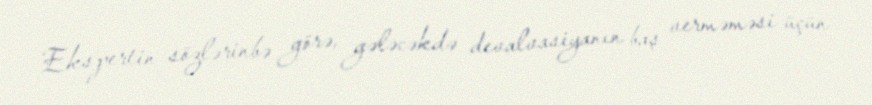
Ekspertin sözlərinbə görə, gələcəkdə devalvasiyanın baş verməməsi üçün